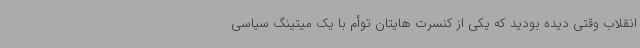
انقلاب وقتی دیده بودید که یکی از کنسرت هایتان توأم با یک میتینگ سیاسی